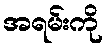
အရမ်းကို